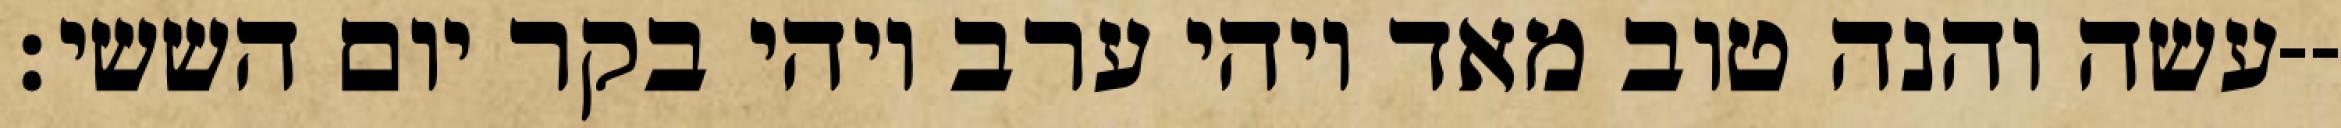
עשה והנה טוב מאד ויהי ערב ויהי בקר יום הששי׃--